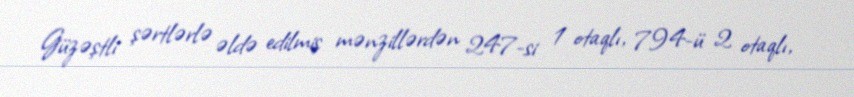
Güzəştli şərtlərlə əldə edilmiş mənzillərdən 247-si 1 otaqlı, 794-ü 2 otaqlı,